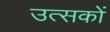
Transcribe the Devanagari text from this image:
उत्सकों